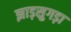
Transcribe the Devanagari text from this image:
झाड़सुगड़ा